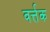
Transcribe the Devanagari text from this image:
वर्त्तक